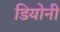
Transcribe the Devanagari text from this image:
डियोनी